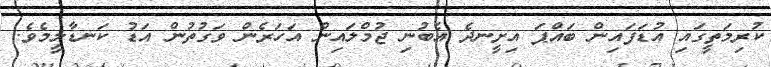
ކުރިމަތީގައި އުޑަފައިން ބައްޕަ އިށީނދެ އެބުނި ޖުމްލައިން އަހަރެން ވަގުތުން އަޑު ކަނޑާލީމެވެ.